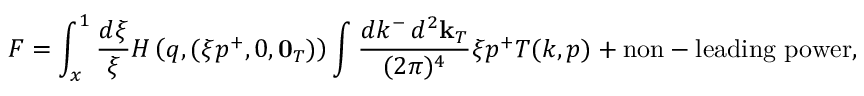
F = \int _ { x } ^ { 1 } \frac { d \xi } { \xi } H \left( q , ( \xi p ^ { + } , 0 , { \bf 0 } _ { T } ) \right) \int \frac { d k ^ { - } \, d ^ { 2 } { \bf k } _ { T } } { ( 2 \pi ) ^ { 4 } } \xi p ^ { + } T ( k , p ) + \mathrm { n o n - l e a d i n g ~ p o w e r } ,